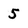
Character: 5